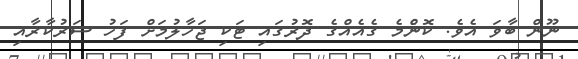
ނޫން ބާވަ އެވެ. ކޮންެމެ ގެއެއްގެ ދޮރުގައި ޓަކި ޖަހާލުމަށް ފަހު ސަރުކާރާއި